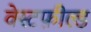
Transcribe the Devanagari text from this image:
वेस्टफ़ील्ड